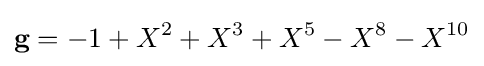
{\textbf {g}}=-1+X^{2}+X^{3}+X^{5}-X^{8}-X^{10}